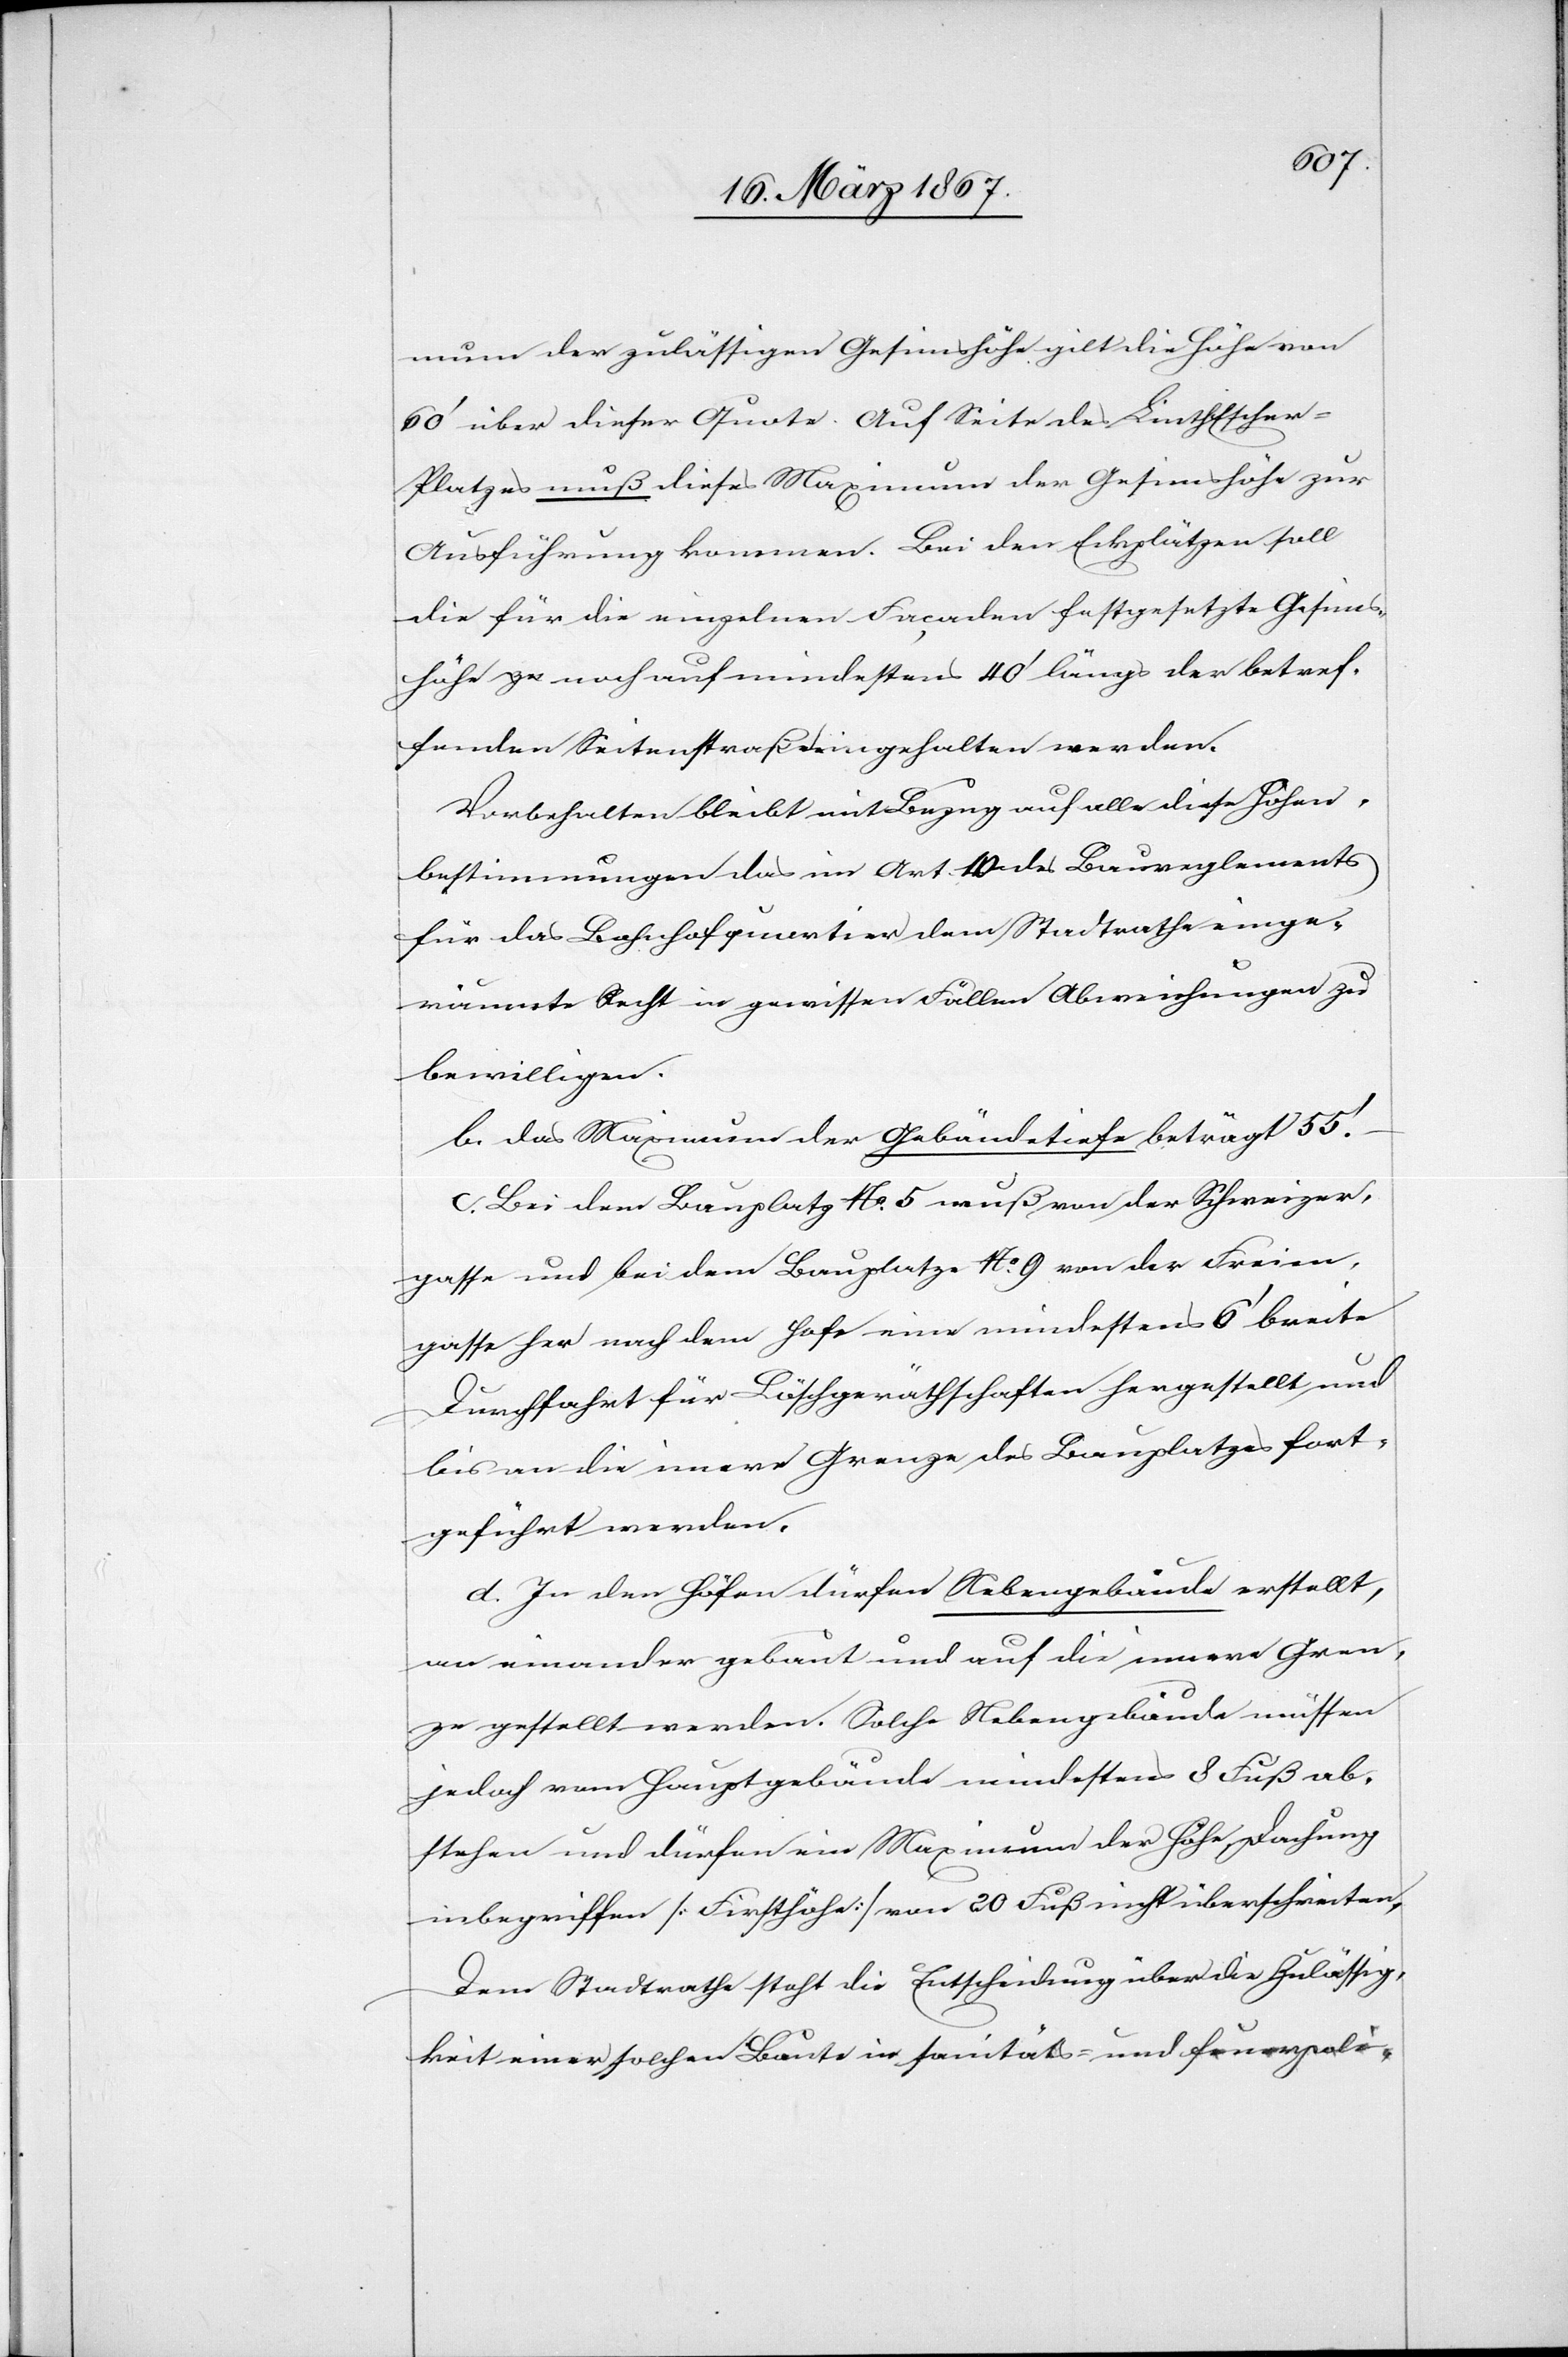
mum der zulässigen Gesimshöhe gilt die Höhe von
60’ über dieser Quote. Auf Seite des Linth Escher-P¬
latzes muß dieses Maximum der Gesimshöhe zur
Ausführung kommen. Bei den Eckplätzen soll
die für die einzelnen Façaden festgesetzte Gesims¬
höhe noch auf mindestens 40’ längs der betref¬
fenden Seitenstraße eingehalten werden.
Vorbehalten bleibt mit Bezug auf alle diese Höhen¬
bestimmungen das im Art. 40 des Baureglements
für das Bahnhofquartier dem Stadtrathe einge¬
räumte Recht in gewissen Fällen Abweichungen zu
bewilligen.
b.	das Maximum der Gebäudetiefe beträgt 55’.
c.	Bei dem Bauplatz No. 5 muß von der Schweizer¬
gasse und bei dem Bauplatze No. 9 von der Freien¬
gasse her nach dem Hofe eine mindestens 6’ breite
Durchfahrt für Löschgeräthschaften hergestellt und
bis an die innere Grenze des Bauplatzes fort¬
geführt werden.
d.	In den Höfen dürfen Nebengebäude erstellt,
an einander gebaut und auf die innere Gren¬
ze gestellt werden. Solche Nebengebäude müssen
jedoch vom Hauptgebäude mindestens 8 Fuß ab¬
stehen und dürfen ein Maximum der Höhe Dachung
inbegriffen [Firsthöhe] von 20 Fuß nicht überschreiten.
Dem Stadtrathe steht die Entscheidung über die Zulässig¬
keit einer solchen Baute in sanitäts- und feuerpoli-